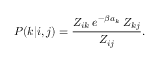
P ( k | i , j ) = \frac { Z _ { i k } \: e ^ { - \beta a _ { k } } \: Z _ { k j } } { Z _ { i j } } .